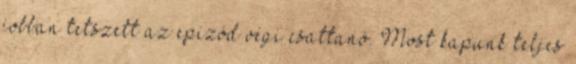
jobban tetszett az epizód végi csattanó. Most kapunk teljes